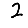
Digit: 2